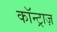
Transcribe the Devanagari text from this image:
कॉन्ट्राज़